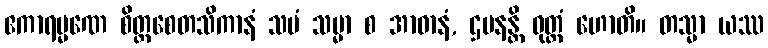
ဧကာရမ္မဏေ စိတ္တစေတသိကာနံ သမံ သမ္မာ စ အာဓာနံ, ဌပနန္တိ ဝုတ္တံ ဟောတိ။ တသ္မာ ယဿ